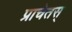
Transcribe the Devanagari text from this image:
प्राचेतस्